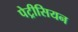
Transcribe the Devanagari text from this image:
पेट्रीसियन